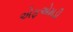
એફએમડી